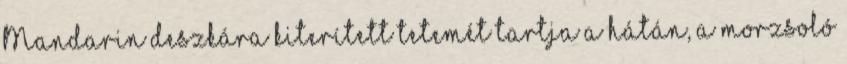
Mandarin deszkára kiterített tetemét tartja a hátán, a morzsoló